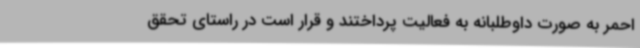
احمر به صورت داوطلبانه به فعالیت پرداختند و قرار است در راستای تحقق